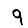
Digit: 9